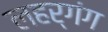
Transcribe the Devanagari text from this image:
लहर्गंग